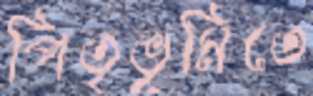
পিতৃভূমিতে